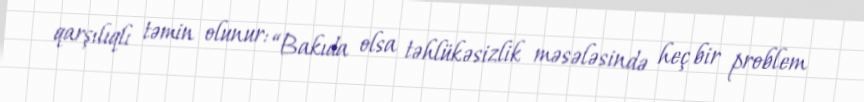
qarşılıqlı təmin olunur: “Bakıda olsa təhlükəsizlik məsələsində heç bir problem